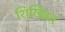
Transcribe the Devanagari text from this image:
शिखिव्रत